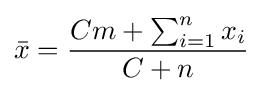
{\bar {x}}={Cm+\sum _{i=1}^{n}x_{i} \over C+n}